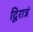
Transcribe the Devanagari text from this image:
द्विरात्रं